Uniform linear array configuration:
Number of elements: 12
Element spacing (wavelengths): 0.5
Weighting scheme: hamming
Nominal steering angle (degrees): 45
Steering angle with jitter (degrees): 46.562
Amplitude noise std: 0.05
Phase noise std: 0.05

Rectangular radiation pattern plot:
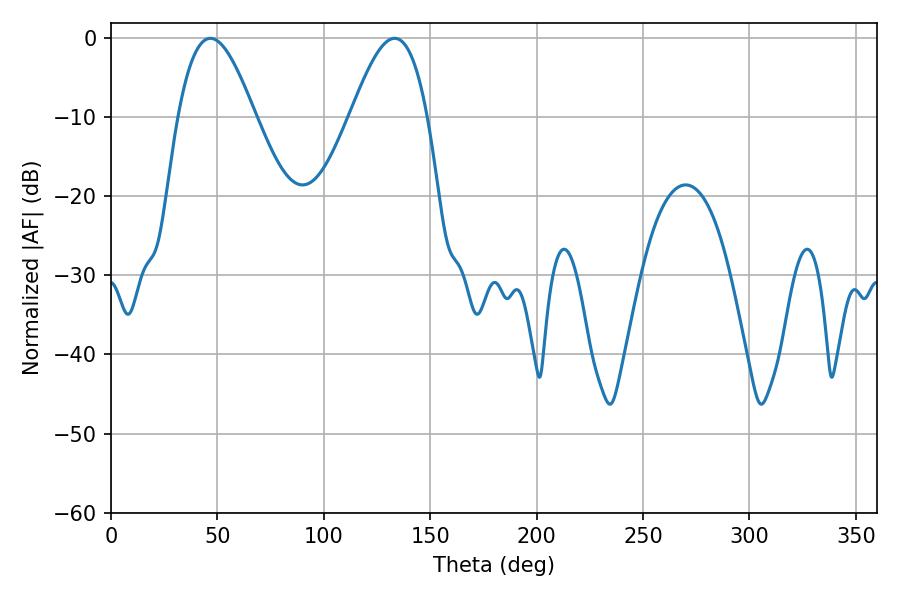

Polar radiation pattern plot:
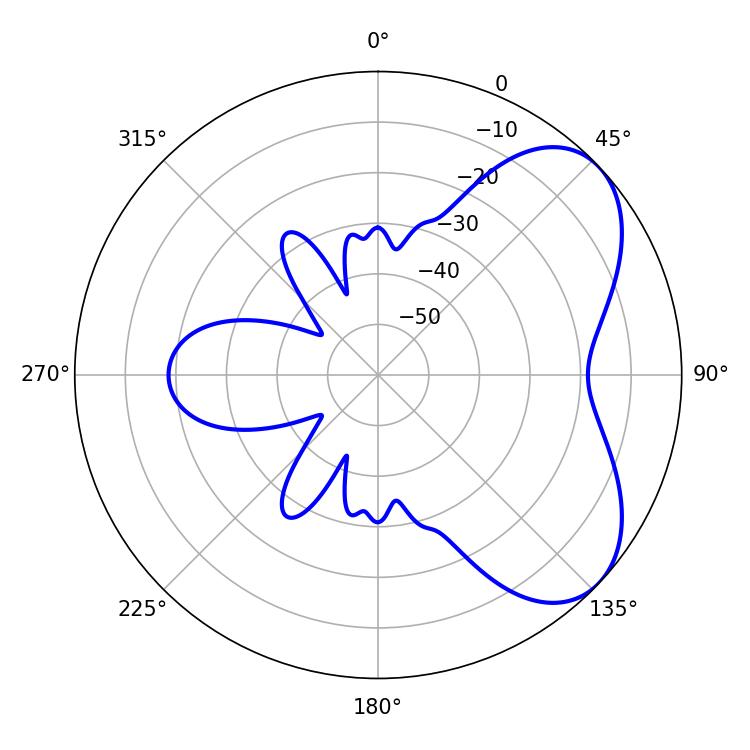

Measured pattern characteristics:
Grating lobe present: FALSE
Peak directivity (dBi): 5.567
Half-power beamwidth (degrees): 19.62
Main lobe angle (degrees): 46.8